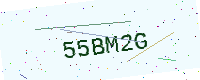
Text: 55BM2G